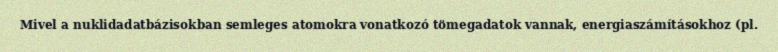
Mivel a nuklidadatbázisokban semleges atomokra vonatkozó tömegadatok vannak, energiaszámításokhoz (pl.